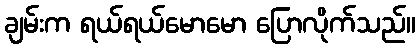
ချမ်းက ရယ်ရယ်မောမော ပြောလိုက်သည်။